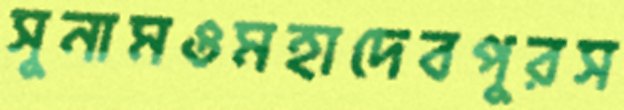
সুনামওমহাদেবপুরস